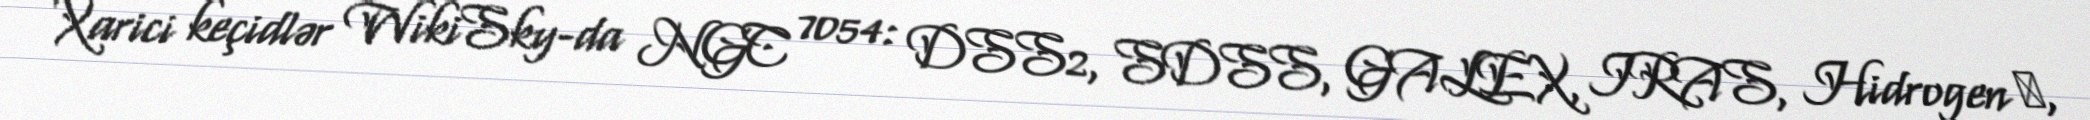
Xarici keçidlər WikiSky-da NGC 7054: DSS2, SDSS, GALEX, IRAS, Hidrogen α,